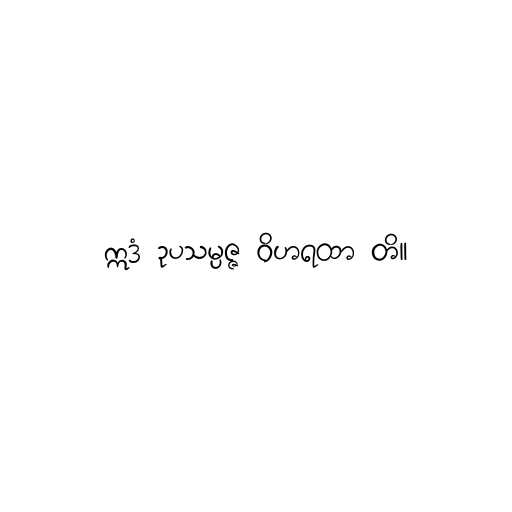
ဣဒံ ဥပသမ္ပဇ္ဇ ဝိဟရထာ တိ။